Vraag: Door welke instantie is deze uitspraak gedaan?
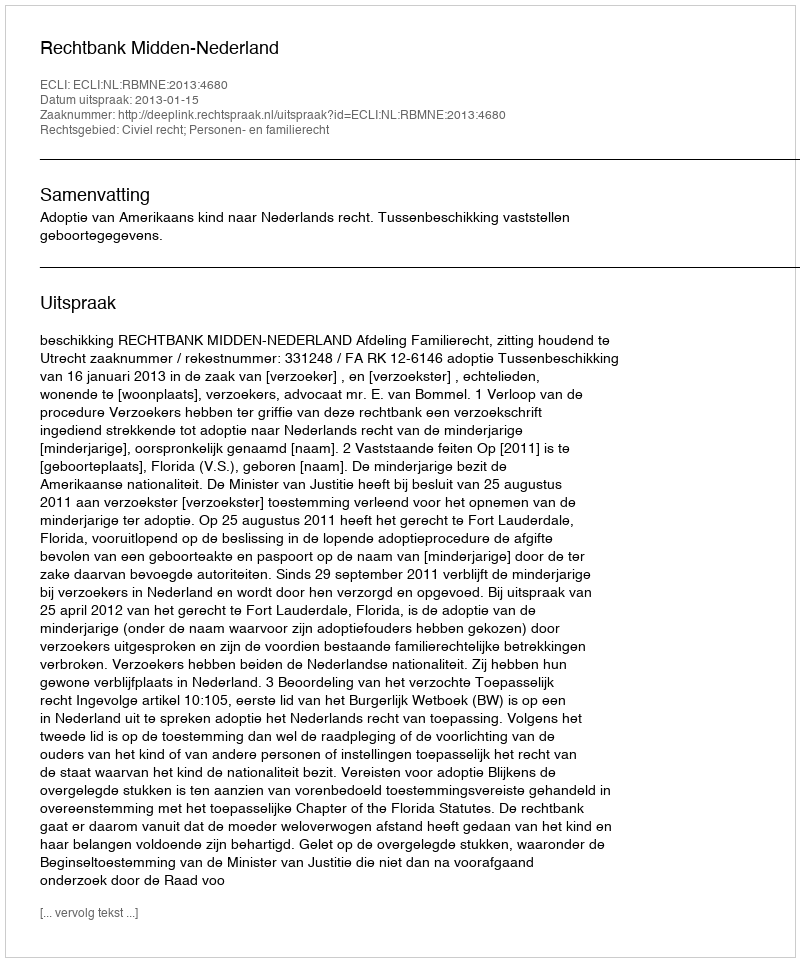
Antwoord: Rechtbank Midden-Nederland